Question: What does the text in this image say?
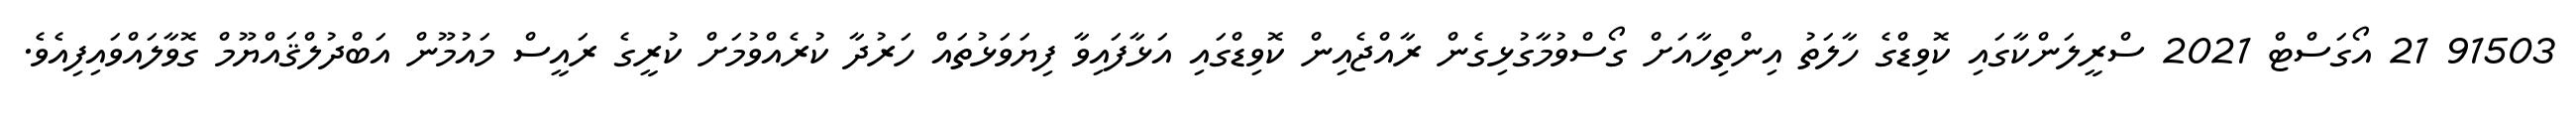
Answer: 91503 21 އޯގަސްޓް 2021 ސްރީލަންކާގައި ކޮވިޑްގެ ހާލަތު އިންތިހާއަށް ގޯސްވުމާގުޅިގެން ރާއްޖެއިން ކޮވިޑްގައި އަޅާފައިވާ ފިޔަވަޅުތައް ހަރުދާ ކުރެއްވުމަށް ކުރީގެ ރައީސް މައުމޫން އަބްދުލްޤައްޔޫމް ގޮވާލައްވައިފިއެވެ.